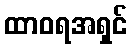
ထာဝရအရှင်